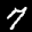
Label: 7